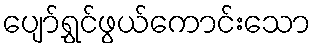
ပျော်ရွှင်ဖွယ်ကောင်းသော